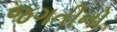
જગતીનો